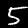
Label: 5